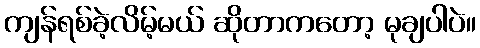
ကျန်ရစ်ခဲ့လိမ့်မယ် ဆိုတာကတော့ မုချပါပဲ။